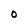
Character: O